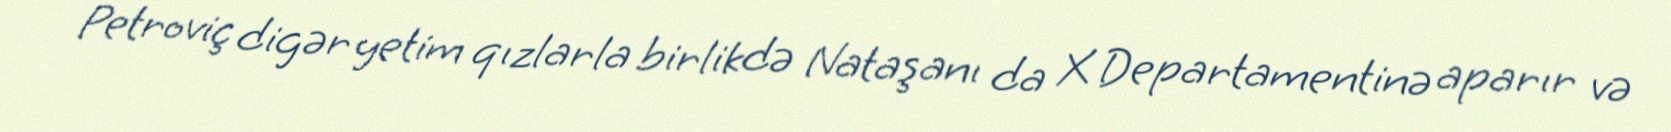
Petroviç digər yetim qızlarla birlikdə Nataşanı da X Departamentinə aparır və